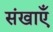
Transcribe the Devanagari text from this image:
संखाएँ